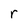
Character: r